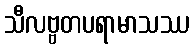
သီလဗ္ဗတပရာမာသဿ